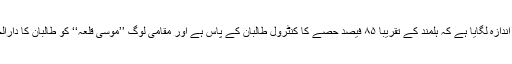
افغان حکومت نے اب اندازہ لگایا ہے کہ ہلمند کے تقریباً ۸۵ فیصد حصے کا کنٹرول طالبان کے پاس ہے اور مقامی لوگ ’’موسیٰ قلعہ‘‘ کو طالبان کا دارالحکومت سمجھتے ہیں۔